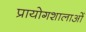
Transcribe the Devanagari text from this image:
प्रायोगशालाओं